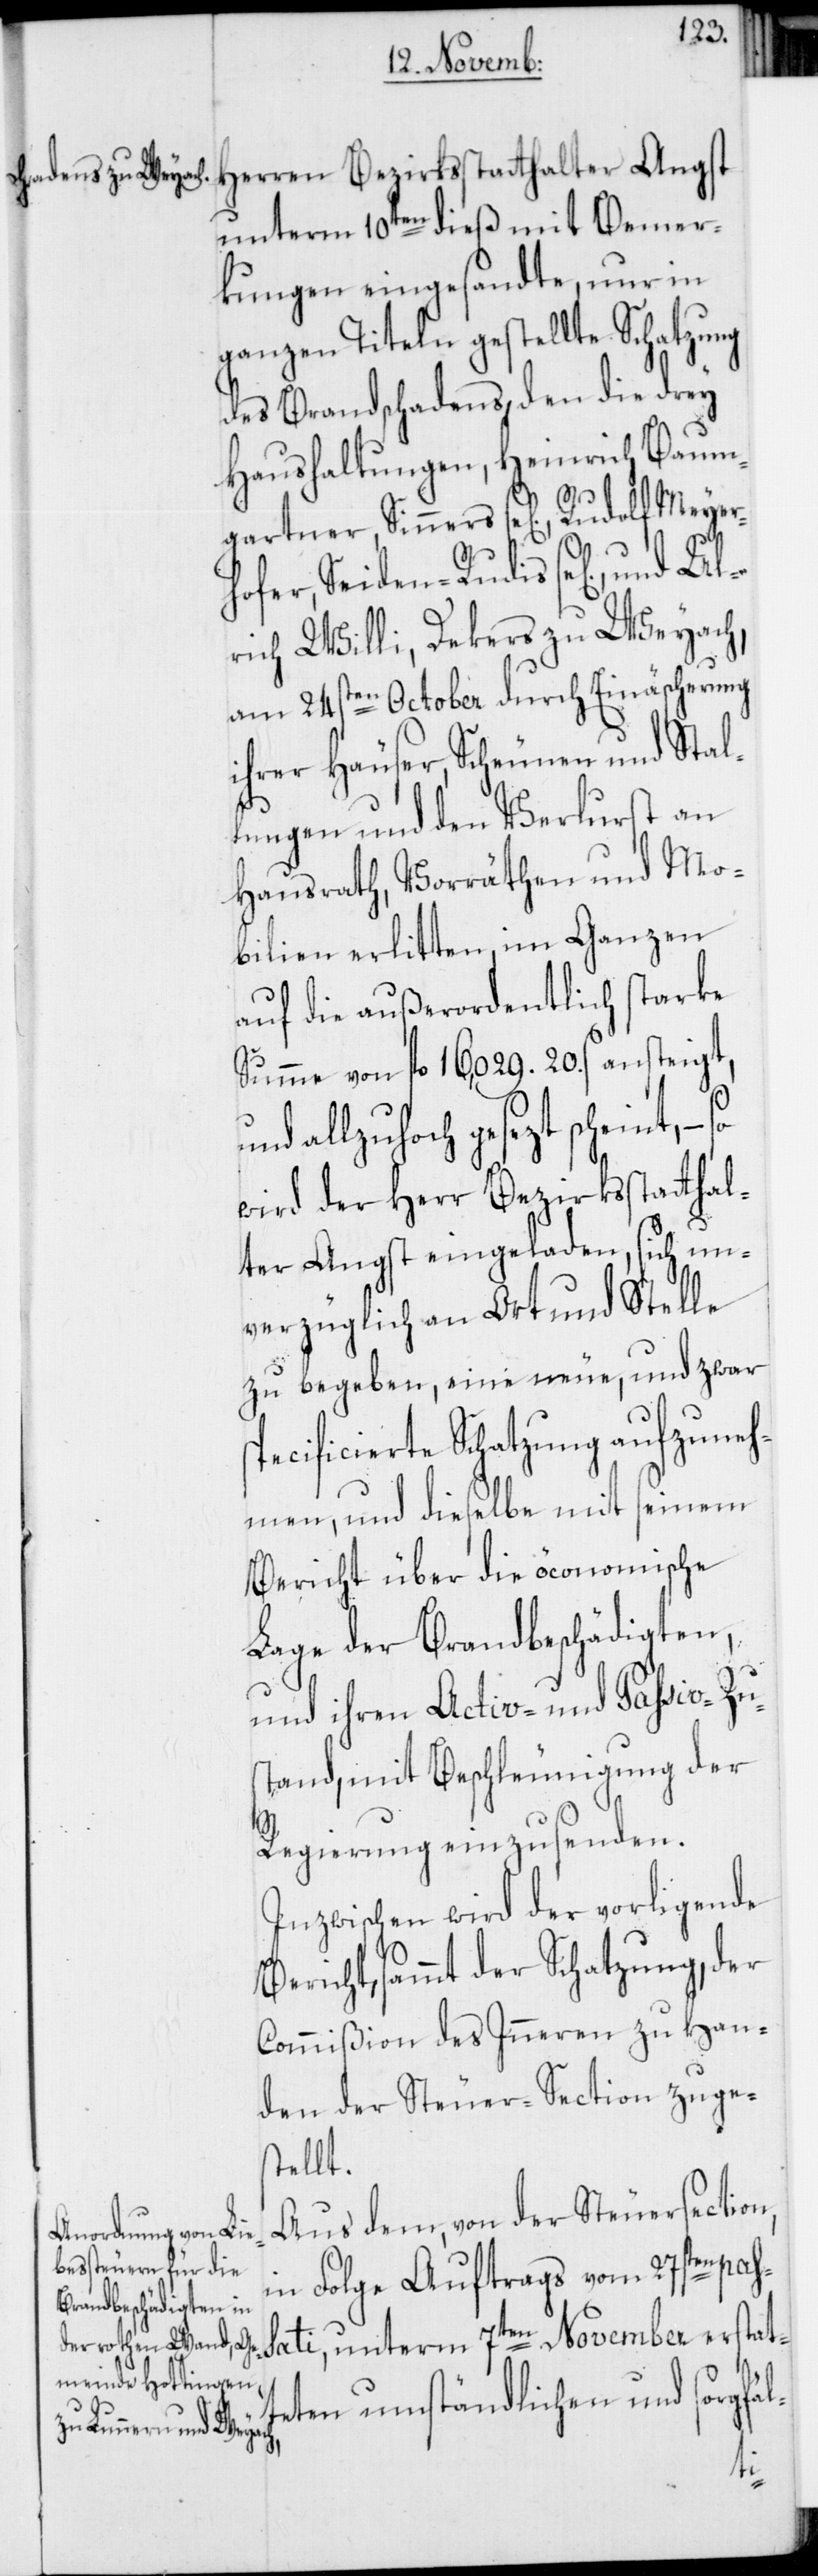
Herren Bezirksstatthalter Angst
unterm 10ten dieß mit Bemer¬
kungen eingesandte, nur in
ganzen Titeln gestellte Schatzung
des Brandschadens, den die drey
Haushaltungen, Heinrich Baum¬
sp¬
gartner, Sinners se[lig], Rudolf Meyer¬
hofer, Seiden-Rudis se[lig], un¬
rich Willi, Dekers zu Weyach;
am 24sten October durch Einäscherung
ihrer Häuser, Scheunen und Stal¬
lungen und den Verlurst an
Hausrath, Vorräthen und Mo¬
bilien erlitten, im Ganzen
auf die außerordentlich starke
Summe von fl. 16,029. 20. ß ansteigt,
allzuhoch gesezt scheint, –
wird der Herr Bezirksstatthal¬
d
ter Angst eingeladen, sich un¬
verzüglich an Ort und Stelle
zu begeben, eine neue, und zwar
ecificierte Schatzung aufzuneh¬
men, und dieselbe mit seinem
Bericht über die öconomische
Lage der Brandbeschädigten,
und ihren Activ- und Passiv-Zu¬
stand, mit Beschleunigung der
Regierung einzusenden.
Inzwischen wird der vorligende
Bericht, sammt der Schatzung, der
Commißion des Inneren zu Han¬
den der Steuer-Section zuge¬
stellt.
Aus dem, von der Steuersection,
in Folge Auftrags vom 27st¬
en passati, unterm 7ten November erstat¬
teten umständlichen und sorgfäl-